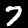
Label: 7